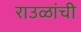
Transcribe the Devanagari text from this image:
राउळांची